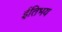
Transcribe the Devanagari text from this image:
ईतिभय